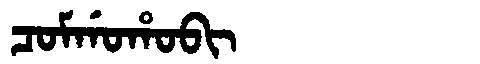
Manchu: ᠴᠣᠮᡤᠣᡥᠣᠪᡳ
Romanization: COMGOHOBI